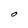
Character: 0